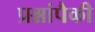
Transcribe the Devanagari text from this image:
प्रश्नांपैकी